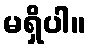
မရှိပါ။